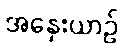
အနှေးယာဉ်